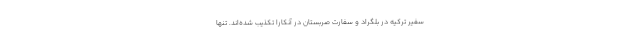
سفیر ترکیه در بلگراد و سفارت صربستان در آنکارا تکذیب شده‌اند. تنها